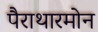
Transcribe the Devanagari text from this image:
पैराथारमोन